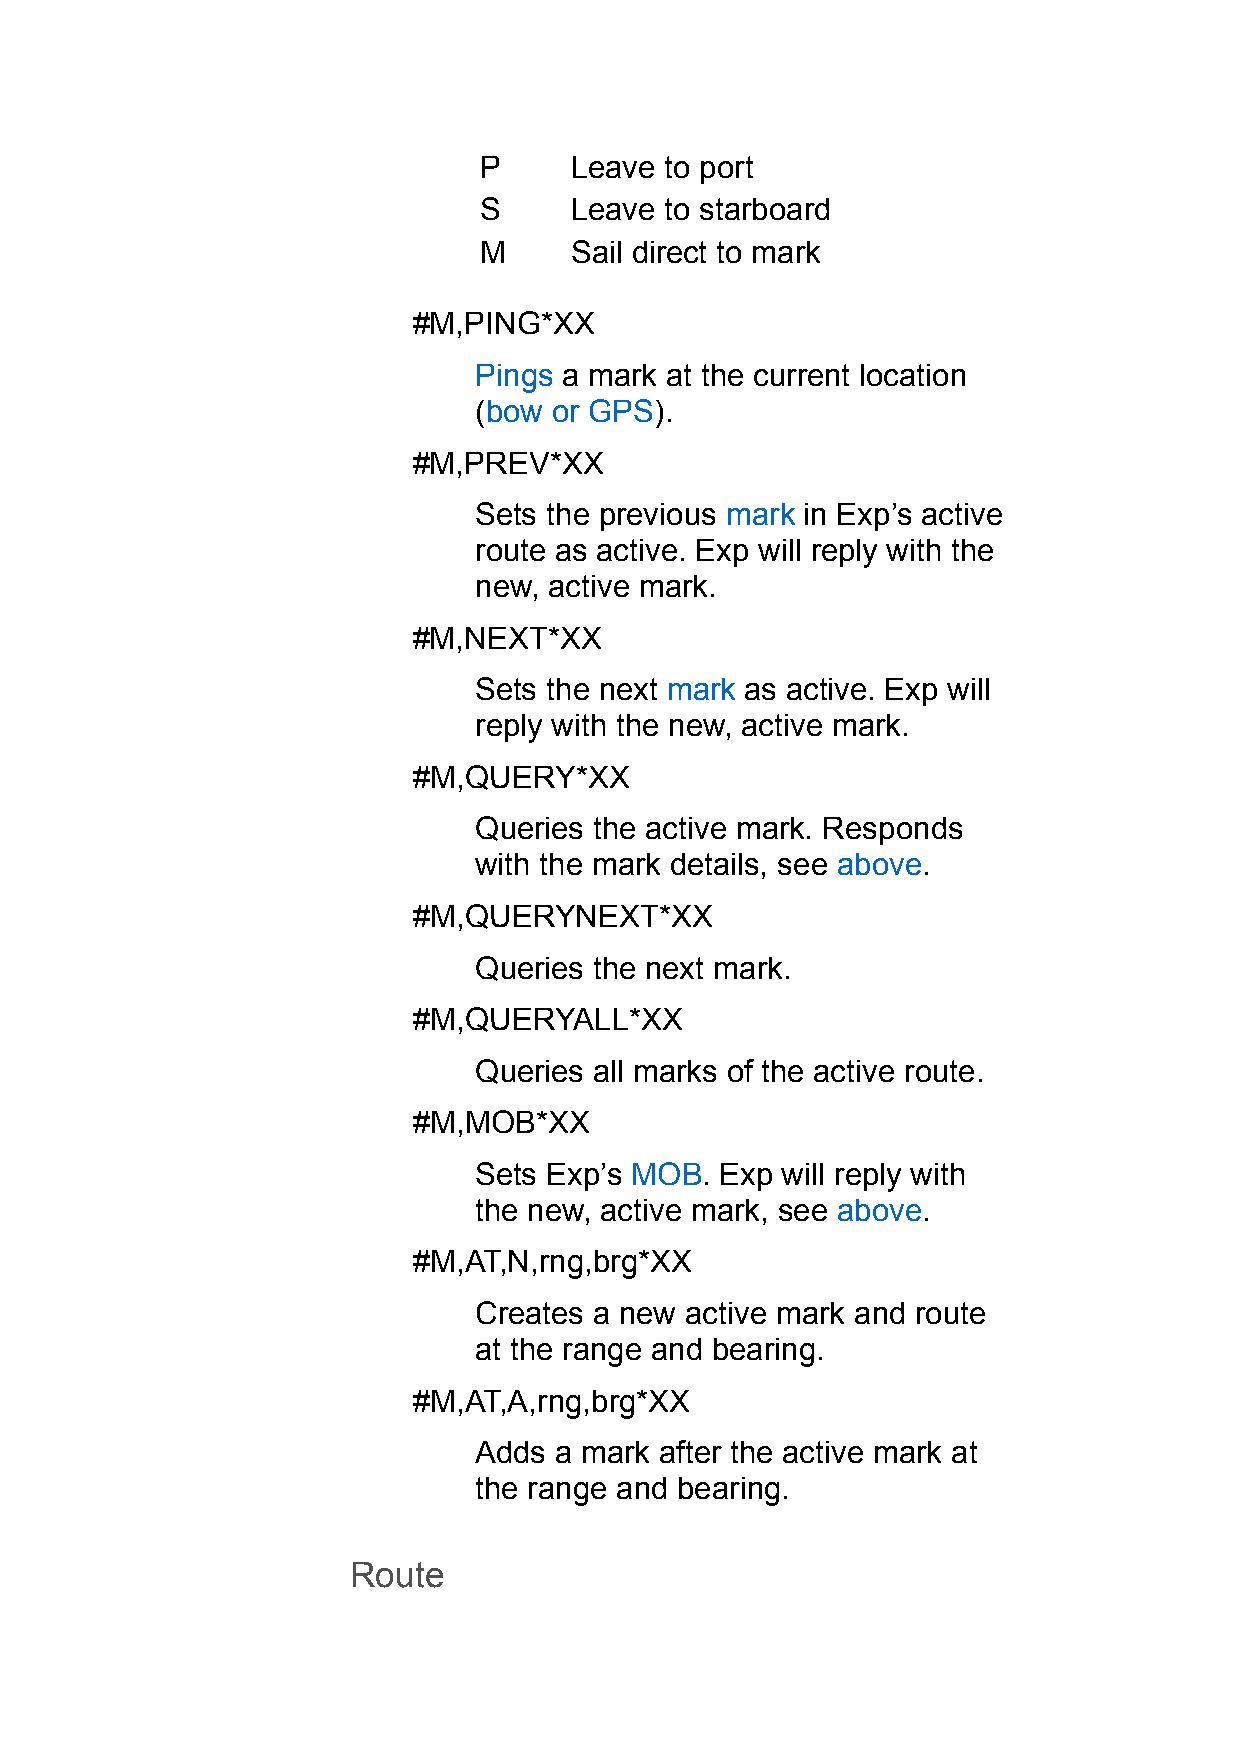
P     Leave to port
 S     Leave to starboard
 M     Sail direct to mark
 #M,PING*XX
 Pings a mark at the current location
 (bow  or GPS).
 #M,PREV*XX
 Sets the previous mark in Exp’s active
 route as active. Exp will reply with the
 new, active mark.
 #M,NEXT*XX
 Sets the next mark as active. Exp will
 reply with the new, active mark.
 #M,QUERY*XX
 Queries the active mark. Responds
 with the mark details, see above.
 #M,QUERYNEXT*XX
 Queries the next mark.
 #M,QUERYALL*XX
 Queries all marks of the active route.
 #M,MOB*XX
 Sets Exp’s MOB.  Exp will reply with
 the new, active mark, see above.
 #M,AT,N,rng,brg*XX
 Creates a new active mark and route
 at the range and bearing.
 #M,AT,A,rng,brg*XX
 Adds  a mark after the active mark at
 the range and bearing.
 Route